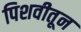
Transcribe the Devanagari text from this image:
पिशवीतून